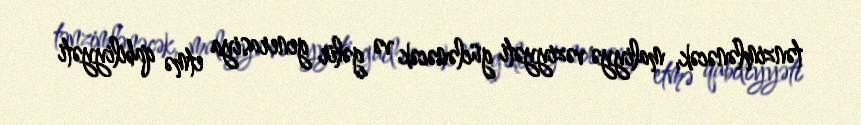
tənzimlənəcək, maliyyə vəziyyəti güclənəcək və gəlir generasiya etmə qabiliyyəti